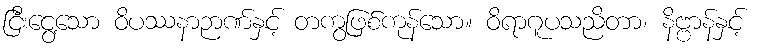
ငြီးငွေ့သော ဝိပဿနာဉာဏ်နှင့် တကွဖြစ်ကုန်သော။ ဝိရာဂူပသညိတာ၊ နိဗ္ဗာန်နှင့်